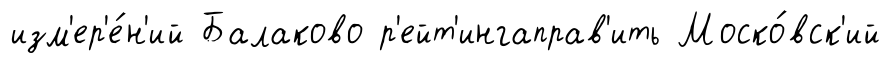
изм'ер'е́н'ий Балаково р'ейт'ингаправ'ить Моско́вск'ий